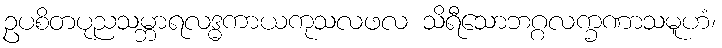
ဥပစိတပုညသမ္ဘာရလဒ္ဓကာယကုသလဖလ သိရီသောဘဂ္ဂလက္ခဏာသမူဟံ၊